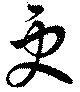
更